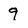
Character: 9